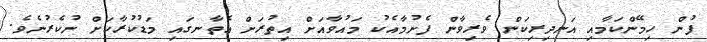
ފުން ހިމޭންކަމާއި އަނދިރިކަން ވެރިވާން ފެށުމާއެކު މައުވާއަށް އިތުރަށް އެތާނގައި މަޑުކުރާކަށް ނުކެރުނެވެ.